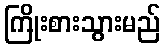
ကြိုးစားသွားမည်